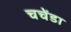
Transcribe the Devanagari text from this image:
चचेंडा